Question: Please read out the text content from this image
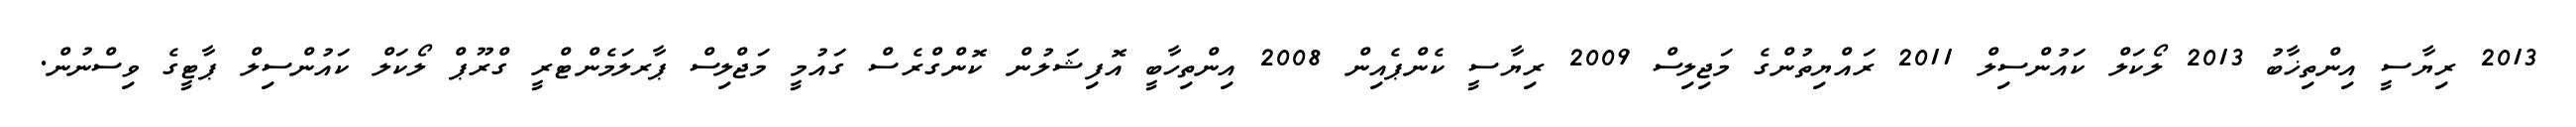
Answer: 2013 ރިޔާސީ އިންތިޚާބު 2013 ލޯކަލް ކައުންސިލް 2011 ރައްޔިތުންގެ މަޖިލިސް 2009 ރިޔާސީ ކެންޕެއިން 2008 އިންތިހާބީ އޮފިޝަލުން ކޮންގްރެސް ގައުމީ މަޖްލިސް ޕާރލަމެންޓްރީ ގްރޫޕް ލޯކަލް ކައުންސިލް ޕާޓީގެ ވިސްނުން.